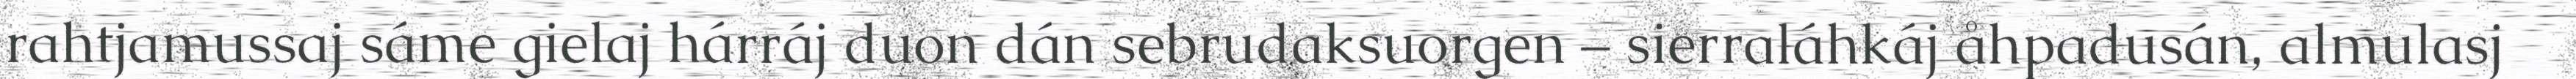
rahtjamussaj sáme gielaj hárráj duon dán sebrudaksuorgen – sierraláhkáj åhpadusán, almulasj